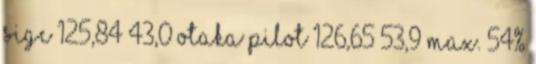
SIGC 125,84 43,0 Otaka pilot 126,65 53,9 max. 54%